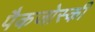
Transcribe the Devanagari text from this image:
पैकजोस्की